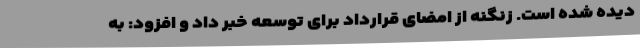
دیده شده است. زنگنه از امضای قرارداد برای توسعه خبر داد و افزود: به